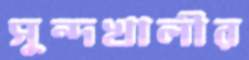
সুন্দখালীর